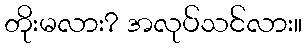
တိုးမလား? အလုပ်သင်လား။